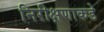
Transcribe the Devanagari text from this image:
निरीक्षणाकडे